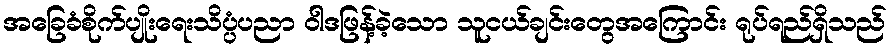
အခြေခံစိုက်ပျိုးရေးသိပ္ပံပညာ ဝါဒဖြန့်ခဲ့သော သူငယ်ချင်းတွေအကြောင်း ရုပ်ရည်ရှိသည်